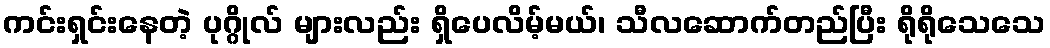
ကင်းရှင်းနေတဲ့ ပုဂ္ဂိုလ် များလည်း ရှိပေလိမ့်မယ်၊ သီလဆောက်တည်ပြီး ရိုရိုသေသေ